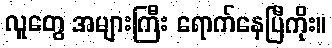
လူတွေ အများကြီး ရောက်နေပြီကိုး။